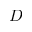
D